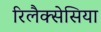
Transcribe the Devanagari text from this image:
रिलैक्सेसिया